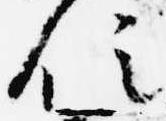
位